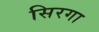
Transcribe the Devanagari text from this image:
सिरगा